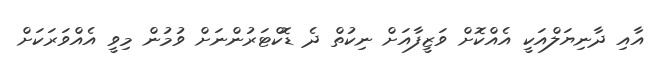
އާއި ދާނިޔަލްއަކީ އެއްކޮށް ވަޒީފާއަށް ނިކުތް ދެ ޑޮކްޓަރުންނަށް ވުމުން މިވީ އެއްވަރަކަށް